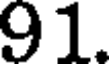
91.